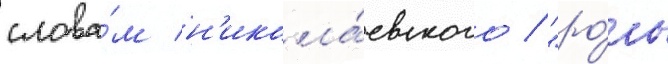
слова́м н'икола́евского / "ро́ль